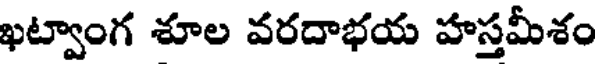
ఖట్వాంగ శూల వరదాభయ హస్తమీశం